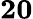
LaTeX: \mathbf{20}